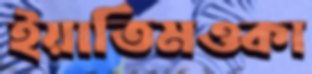
ইয়াতিমওকা